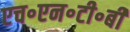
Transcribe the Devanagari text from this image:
एच॰एन॰टी॰बी